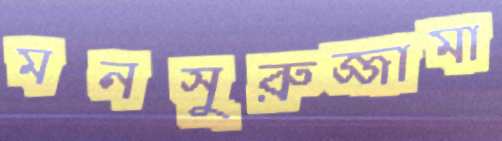
মনসুরুজ্জামা